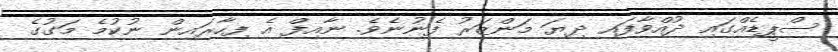
ސްޕީޑެއްގައި ދުއްވާފައި ދިޔަ މަންޒަރު ފެނުނެވެ. ނާއިފް އެ ފިހާރައިން ނުކުމެ މަގުގެ